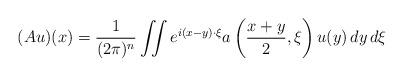
LaTeX: \begin{align*} (Au)(x) = \frac{1}{(2\pi)^n} \iint e^{i(x-y)\cdot \xi} a\left(\frac{x+y}{2},\xi\right)u(y)\,dy\, d\xi \end{align*}